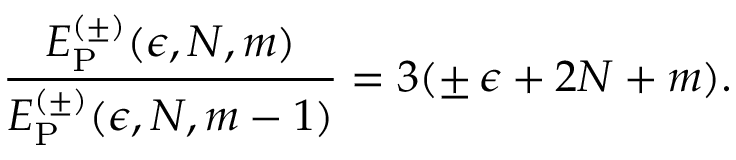
{ \frac { E _ { \mathrm { P } } ^ { ( \pm ) } ( \epsilon , N , m ) } { E _ { \mathrm { P } } ^ { ( \pm ) } ( \epsilon , N , m - 1 ) } } = 3 ( \pm \, \epsilon + 2 N + m ) .